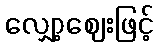
လျှော့ဈေးဖြင့်